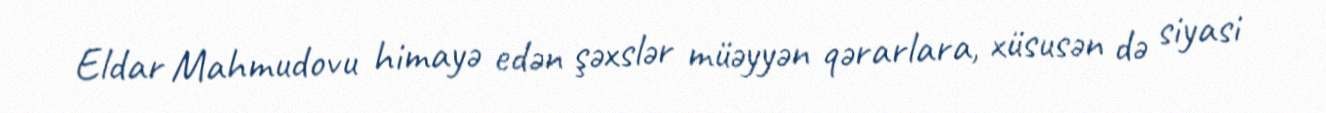
Eldar Mahmudovu himayə edən şəxslər müəyyən qərarlara, xüsusən də siyasi